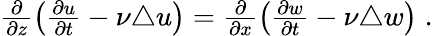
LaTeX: \begin{array}{r}{\frac{\partial}{\partial z}\left(\frac{\partial{u}}{\partial t}-\nu\triangle{u}\right)=\frac{\partial}{\partial x}\left(\frac{\partial{w}}{\partial t}-\nu\triangle{w}\right)\; .}\end{array}